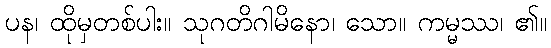
ပန၊ ထိုမှတစ်ပါး။ သုဂတိဂါမိနော၊ သော။ ကမ္မဿ၊ ၏။